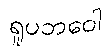
ရူပဘဝေါ